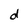
Character: d